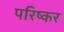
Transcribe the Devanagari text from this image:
परिष्कर